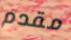
مقدم